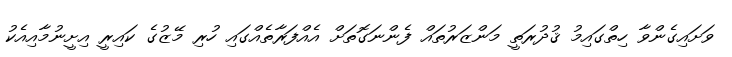
ވަށައިގެންވާ ހިތްގައިމު ޤުދުރަތީ މަންޒަރުތައް ފެންނަގޮތަށް އެއްފަރާތެއްގައި ހުރި މޭޒުގެ ކައިރީ އިށީނުމާއިއެކު